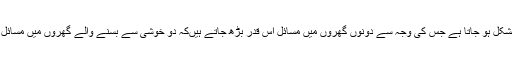
چھوٹی چھوتی باتوں پر رسوا ئی اور ناراضگی ہوتی ہیں مگر ان کو کنٹرول کرنا مشکل ہو جاتا ہے جس کی وجہ سے دونوں گھروں میں مسائل اس قدر بڑھ جاتے ہیںکہ دو خوشی سے بسنے والے گھروں میں مسائل جنم لیتے ہیںان میں اس قدر اضافہ ہو جاتاہے کہ گھر کا سکون تو تباہ ہوتا ہی ہے ۔